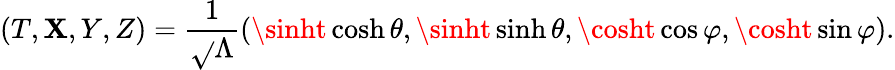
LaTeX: (T,\mathbf{X},Y,Z)=\frac{{1}}{{\sqrt{}{{\Lambda}}}}(\sinht\cosh\theta,\sinht\sinh\theta,\cosht\cos\varphi,\cosht\sin\varphi).